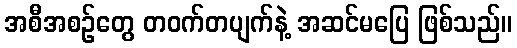
အစီအစဉ်တွေ တဝက်တပျက်နဲ့ အဆင်မပြေ ဖြစ်သည်။